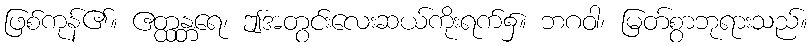
ဖြစ်ကုန်၏။ ဧတ္ထန္တရေ၊ ဤအတွင်းလေးဆယ်ကိုးရက်၌။ ဘဂဝါ၊ မြတ်စွာဘုရားသည်။